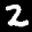
Label: 2